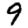
Digit: 9